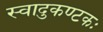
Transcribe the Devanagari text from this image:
स्वादुकण्टकः